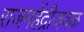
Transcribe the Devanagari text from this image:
राजमहेंद्रीजवळ